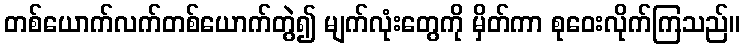
တစ်ယောက်လက်တစ်ယောက်တွဲ၍ မျက်လုံးတွေကို မှိတ်ကာ စုဝေးလိုက်ကြသည်။